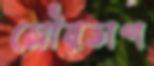
সৌরতাপ